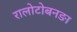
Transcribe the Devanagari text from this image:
रालोटोबनङा